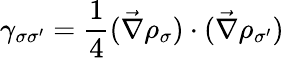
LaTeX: \gamma_{\sigma\sigma^{\prime}}=\frac{1}{4}(\vec{\nabla}\rho_{\sigma})\cdot(\vec{\nabla}\rho_{\sigma^{\prime}})